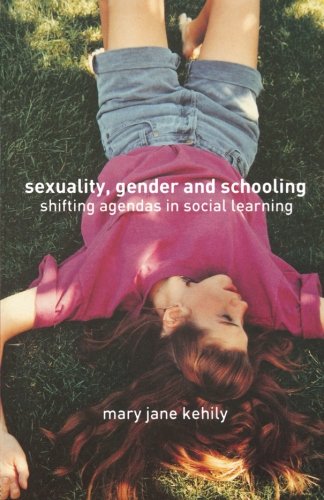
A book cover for Sexuality, Gender and Schooling: Shifting Agendas in Social Learning; Mary Jane Kehily; Gay & Lesbian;